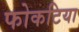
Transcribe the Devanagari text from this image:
फोकटिया